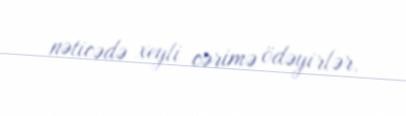
nəticədə xeyli cərimə ödəyirlər.